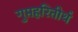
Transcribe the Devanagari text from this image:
गुप्तहरितीर्थ